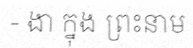
- ងា ក្នុង ព្រះនាម